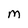
Character: M